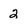
Character: 2